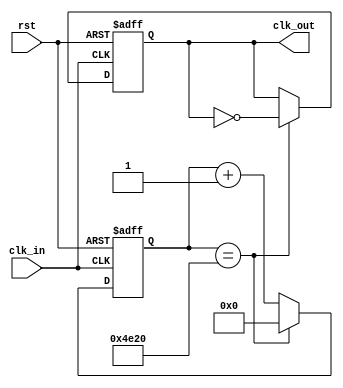
module clkdividerb(clk_in, rst, clk_out);
  parameter FINAL_COUNT = 20000;
  input clk_in;
  input rst;
  output clk_out;
  
  reg clk_out;
  reg [30:0] count = 0; 
    
  always @(posedge clk_in or posedge rst) begin
    if (rst == 1) begin
		  count = 0;
		  clk_out = 0;
    end
	 else
	   if (count == FINAL_COUNT) begin
		  clk_out = ~clk_out;
		  count = 0;
		end
		else begin
		  count = count + 1;
		end
  end

endmodule